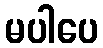
မပါပေ